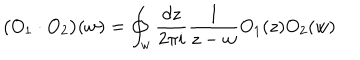
LaTeX: \big ( O _ { 1 } \cdot O _ { 2 } \big ) ( w ) = \oint _ { w } \frac { d z } { 2 \pi i } \frac { 1 } { z - w } O _ { 1 } ( z ) O _ { 2 } ( w )